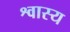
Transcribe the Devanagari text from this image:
श्वास्य